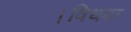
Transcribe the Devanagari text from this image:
।विधवा